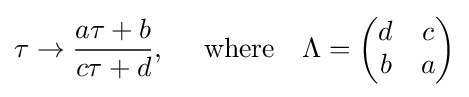
\tau \rightarrow {\frac {a\tau +b}{c\tau +d}},\ \ \ \ {\text{where}}\ \ \ \Lambda ={\begin{pmatrix}d&c\\b&a\end{pmatrix}}